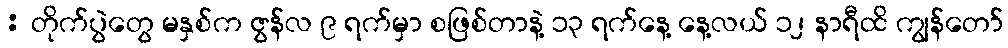
: တိုက်ပွဲတွေ မနှစ်က ဇွန်လ ၉ ရက်မှာ စဖြစ်တာနဲ့ ၁၃ ရက်နေ့ နေ့လယ် ၁၂ နာရီထိ ကျွန်တော်